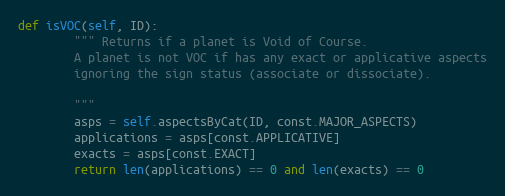
Language: Python
def isVOC(self, ID):
        """ Returns if a planet is Void of Course.
        A planet is not VOC if has any exact or applicative aspects
        ignoring the sign status (associate or dissociate).

        """
        asps = self.aspectsByCat(ID, const.MAJOR_ASPECTS)
        applications = asps[const.APPLICATIVE]
        exacts = asps[const.EXACT]
        return len(applications) == 0 and len(exacts) == 0